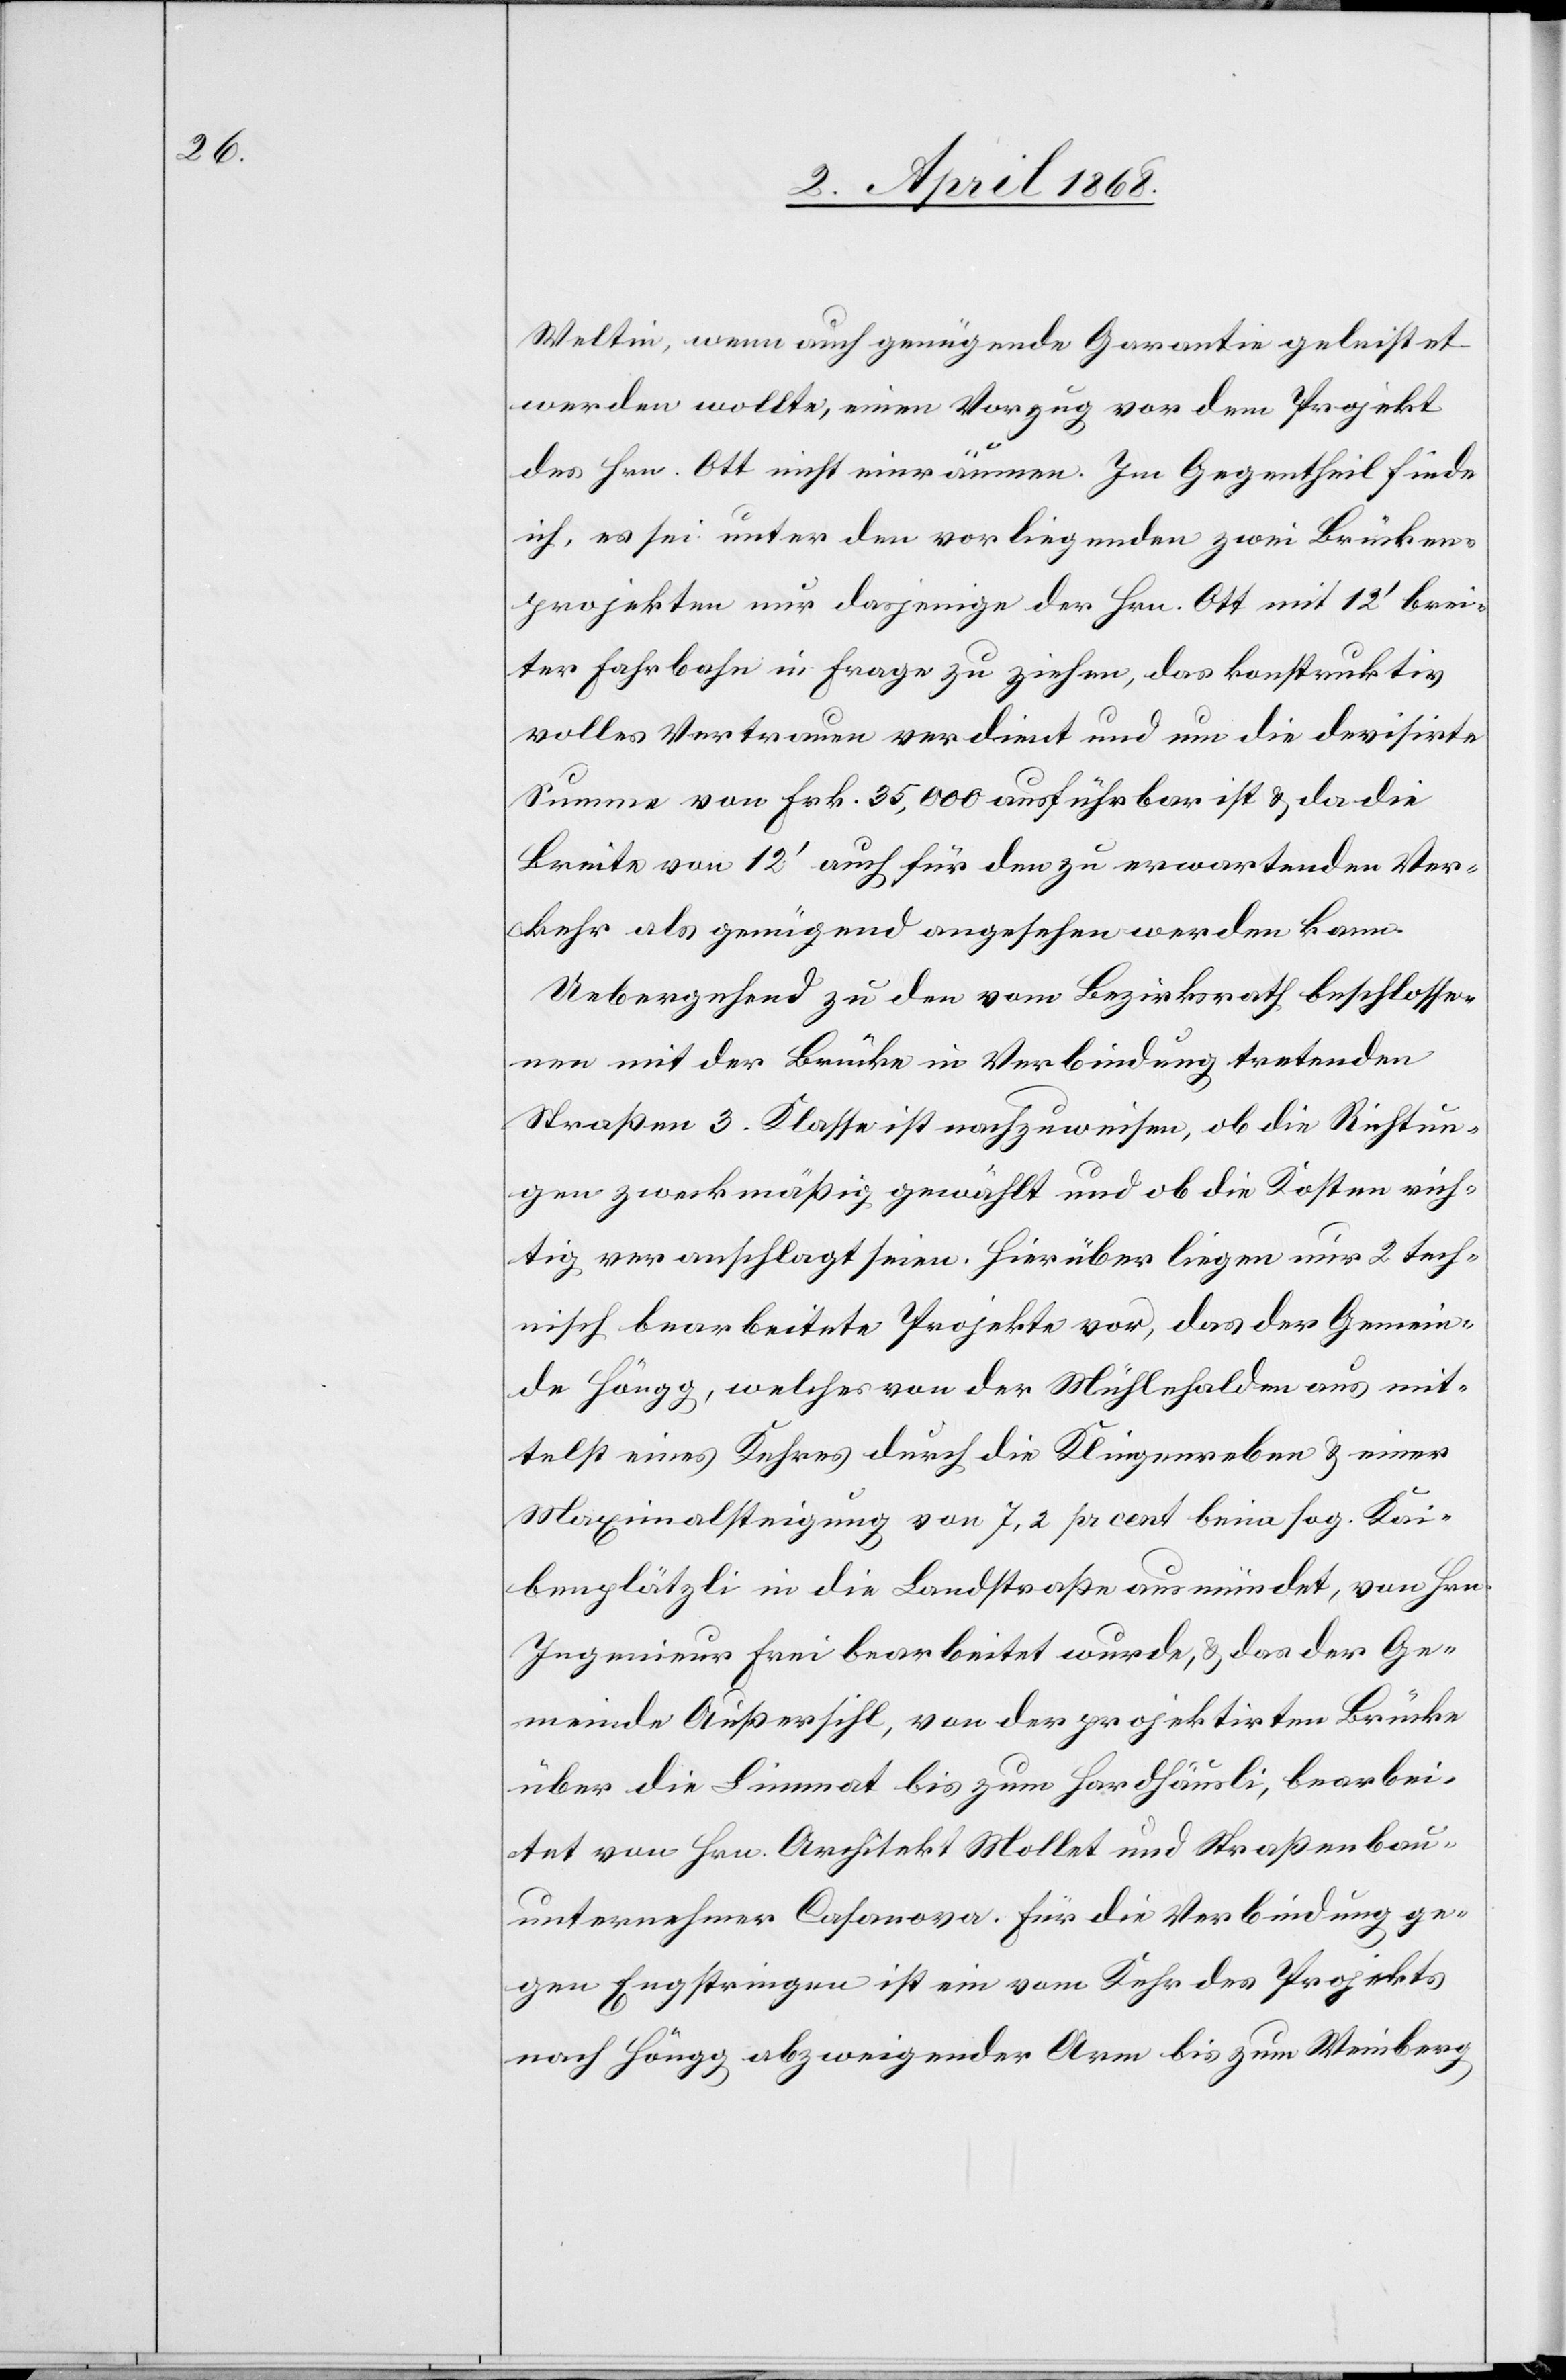
Weltin, wenn auch genügende Garantie geleistet
werden wollte, einen Vorzug vor dem Projekt
des Hrn. Ott nicht einräumen. Im Gegentheil finde
ich, es sei unter den vorliegenden zwei Brücken¬
projekten nur dasjenige der Hrn. Ott mit 12‘ brei¬
ter Fahrbahn in Frage zu ziehen, das konstruktiv
volles Vertrauen verdient und um die devisirte
Summe von Frk. 35,000 ausführbar ist & da die
Breite von 12‘ auch für den zu erwartenden Ver¬
kehr als genügend angesehen werden kann.
Uebergehend zu den vom Bezirksrath beschlosse¬
nen mit der Brücke in Verbindung tretenden
Straßen 3. Klasse ist nachzuweisen, ob die Richtun¬
gen zweckmäßig gewählt und ob die Kosten rich¬
tig veranschlagt seien. Hierüber liegen nur 2 tech¬
nisch bearbeitete Projekte vor, das der Gemein¬
de Höngg, welches von der Mühlehalden aus mit¬
telst eines Kehres durch die Klingenreben & einer
Maximalsteigung von 7,2 pr cent beim sog. Kai¬
benplätzli in die Landstraße ausmündet, von Hrn.
Ingenieur Frei bearbeitet wurde, & das der Ge¬
meinde Außersihl, von der projektirten Brücke
über die Limmat bis zum Hardhäusli, bearbei¬
tet von Hrn. Architekt Mollet und Straßenbau¬
unternehmer Casanova. Für die Verbindung ge¬
gen Engstringen ist ein vom Kehr des Projekts
nach Höngg abzweigender Arm bis zum Weinberg